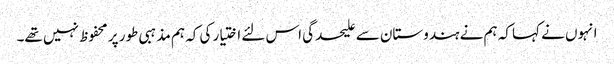
انہوں نے کہا کہ ہم نے ہندوستان سے علیحدگی اس لئے اختیار کی کہ ہم مذہبی طور پر محفوظ نہیں تھے۔